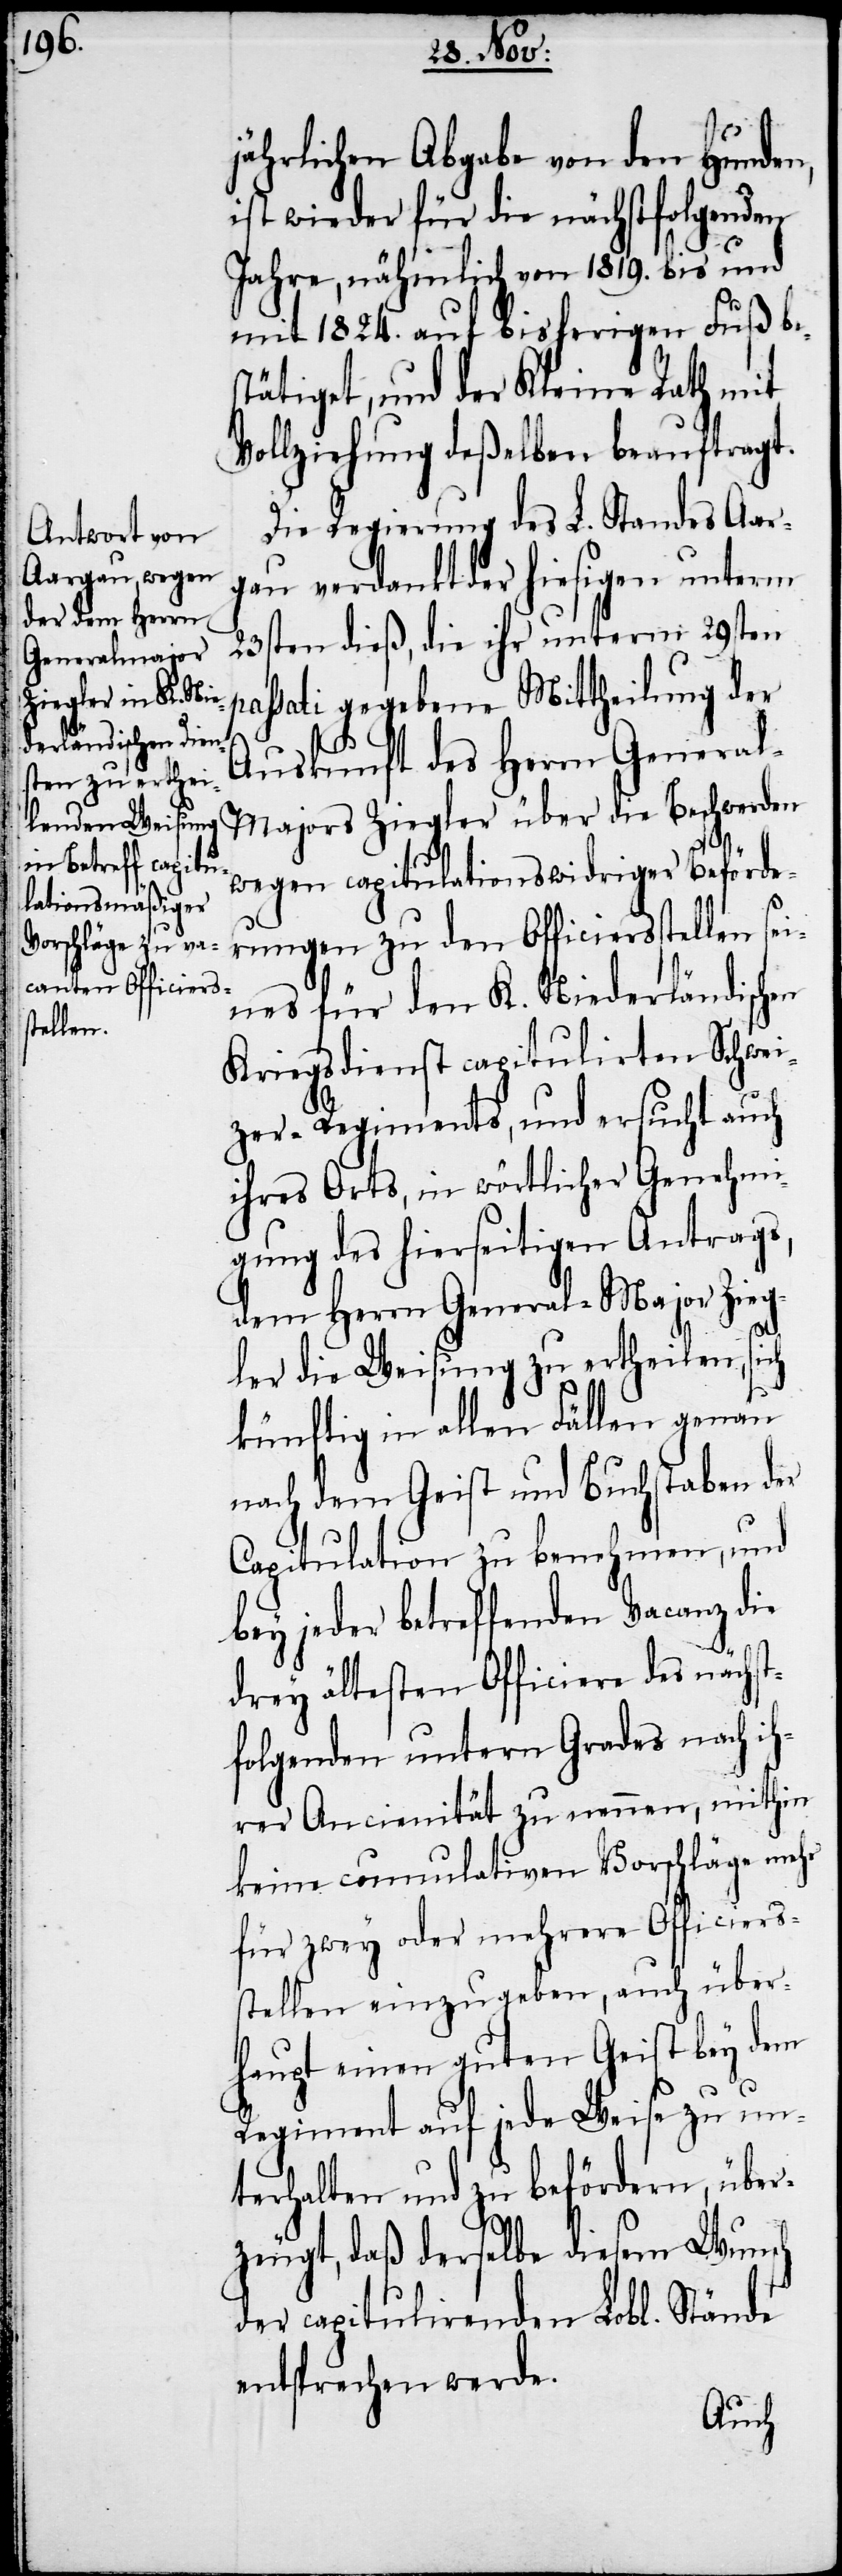
jährlichen Abgabe von den Hunden,
ist wieder für die nächstfolgenden
Jahre, nähmlich von 1819. bis und
mit 1824. auf bisherigen Fuß be¬
stätiget, und der Kleine Rath mit
Vollziehung deßelben beauftragt.
Die Regierung des L. Standes Aar¬
gau verdankt der hiesigen unterm
23sten dieß, die ihr unterm 29sten
passati gegebene Mittheilung der
Auskunft des Herrn Genera¬
l-Majors Ziegler über die Beschwerden
wegen capitulationswidriger Beförde¬
rungen zu den Officiersstellen sei¬
nes für den K. Niederländischen
Kriegsdienst capitulirten Schwei¬
zer-Regiments, und ersucht auch
ihres Orts, in wörtlicher Genehmi¬
gung des hierseitigen Antrags,
dem Herrn General-Major Zieg¬
ler die Weisung zu ertheilen, sich
künftig in allen Fällen genau
nach dem Geist und Buchstaben der
Capitulation zu benehmen, und
bey jeder betreffenden Vacanz die
drey ältesten Officiere des nächst¬
folgenden untern Grades nach ih¬
rer Anciennität zu nennen, mithin
keine cumulativen Vorschläge mehr
für zwey oder mehrere Officiers¬
stellen einzugeben, auch über¬
haupt einen guten Geist bey dem
Regiment auf jede Weise zu un¬
terhalten und zu befördern, über¬
zeugt, daß derselbe diesem Wunsch
der capitulirenden Lobl. Stände
entsprechen werde.